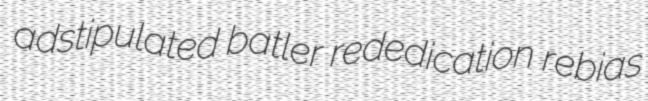
adstipulated batler rededication rebias